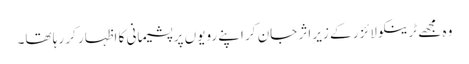
وہ مجھے ٹرینکو لائزر کے زیرِ اثر جان کر اپنے رویوں پر پشیمانی کا اظہار کر رہا تھا۔